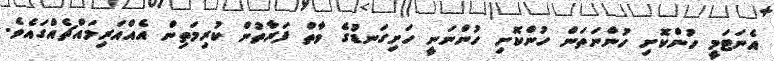
އެނަޓަމީ ހުންކޮށި ހުންނަތަން ހުންކޮށި ހުންނަނީ ހަށިގަނޑުގެ ވާތް ފަރާތުން ކުރިމަތިން އެއްއަރިމައްޗެއްގައެވެ.